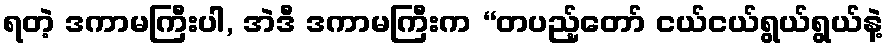
ရတဲ့ ဒကာမကြီးပါ, အဲဒီ ဒကာမကြီးက “တပည့်တော် ငယ်ငယ်ရွယ်ရွယ်နဲ့